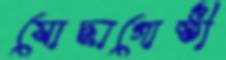
যোদ্ধাগোষ্ঠী